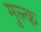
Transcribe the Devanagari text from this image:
मुल्‍क